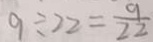
9 \div 2 2 = \frac { 9 } { 2 2 }